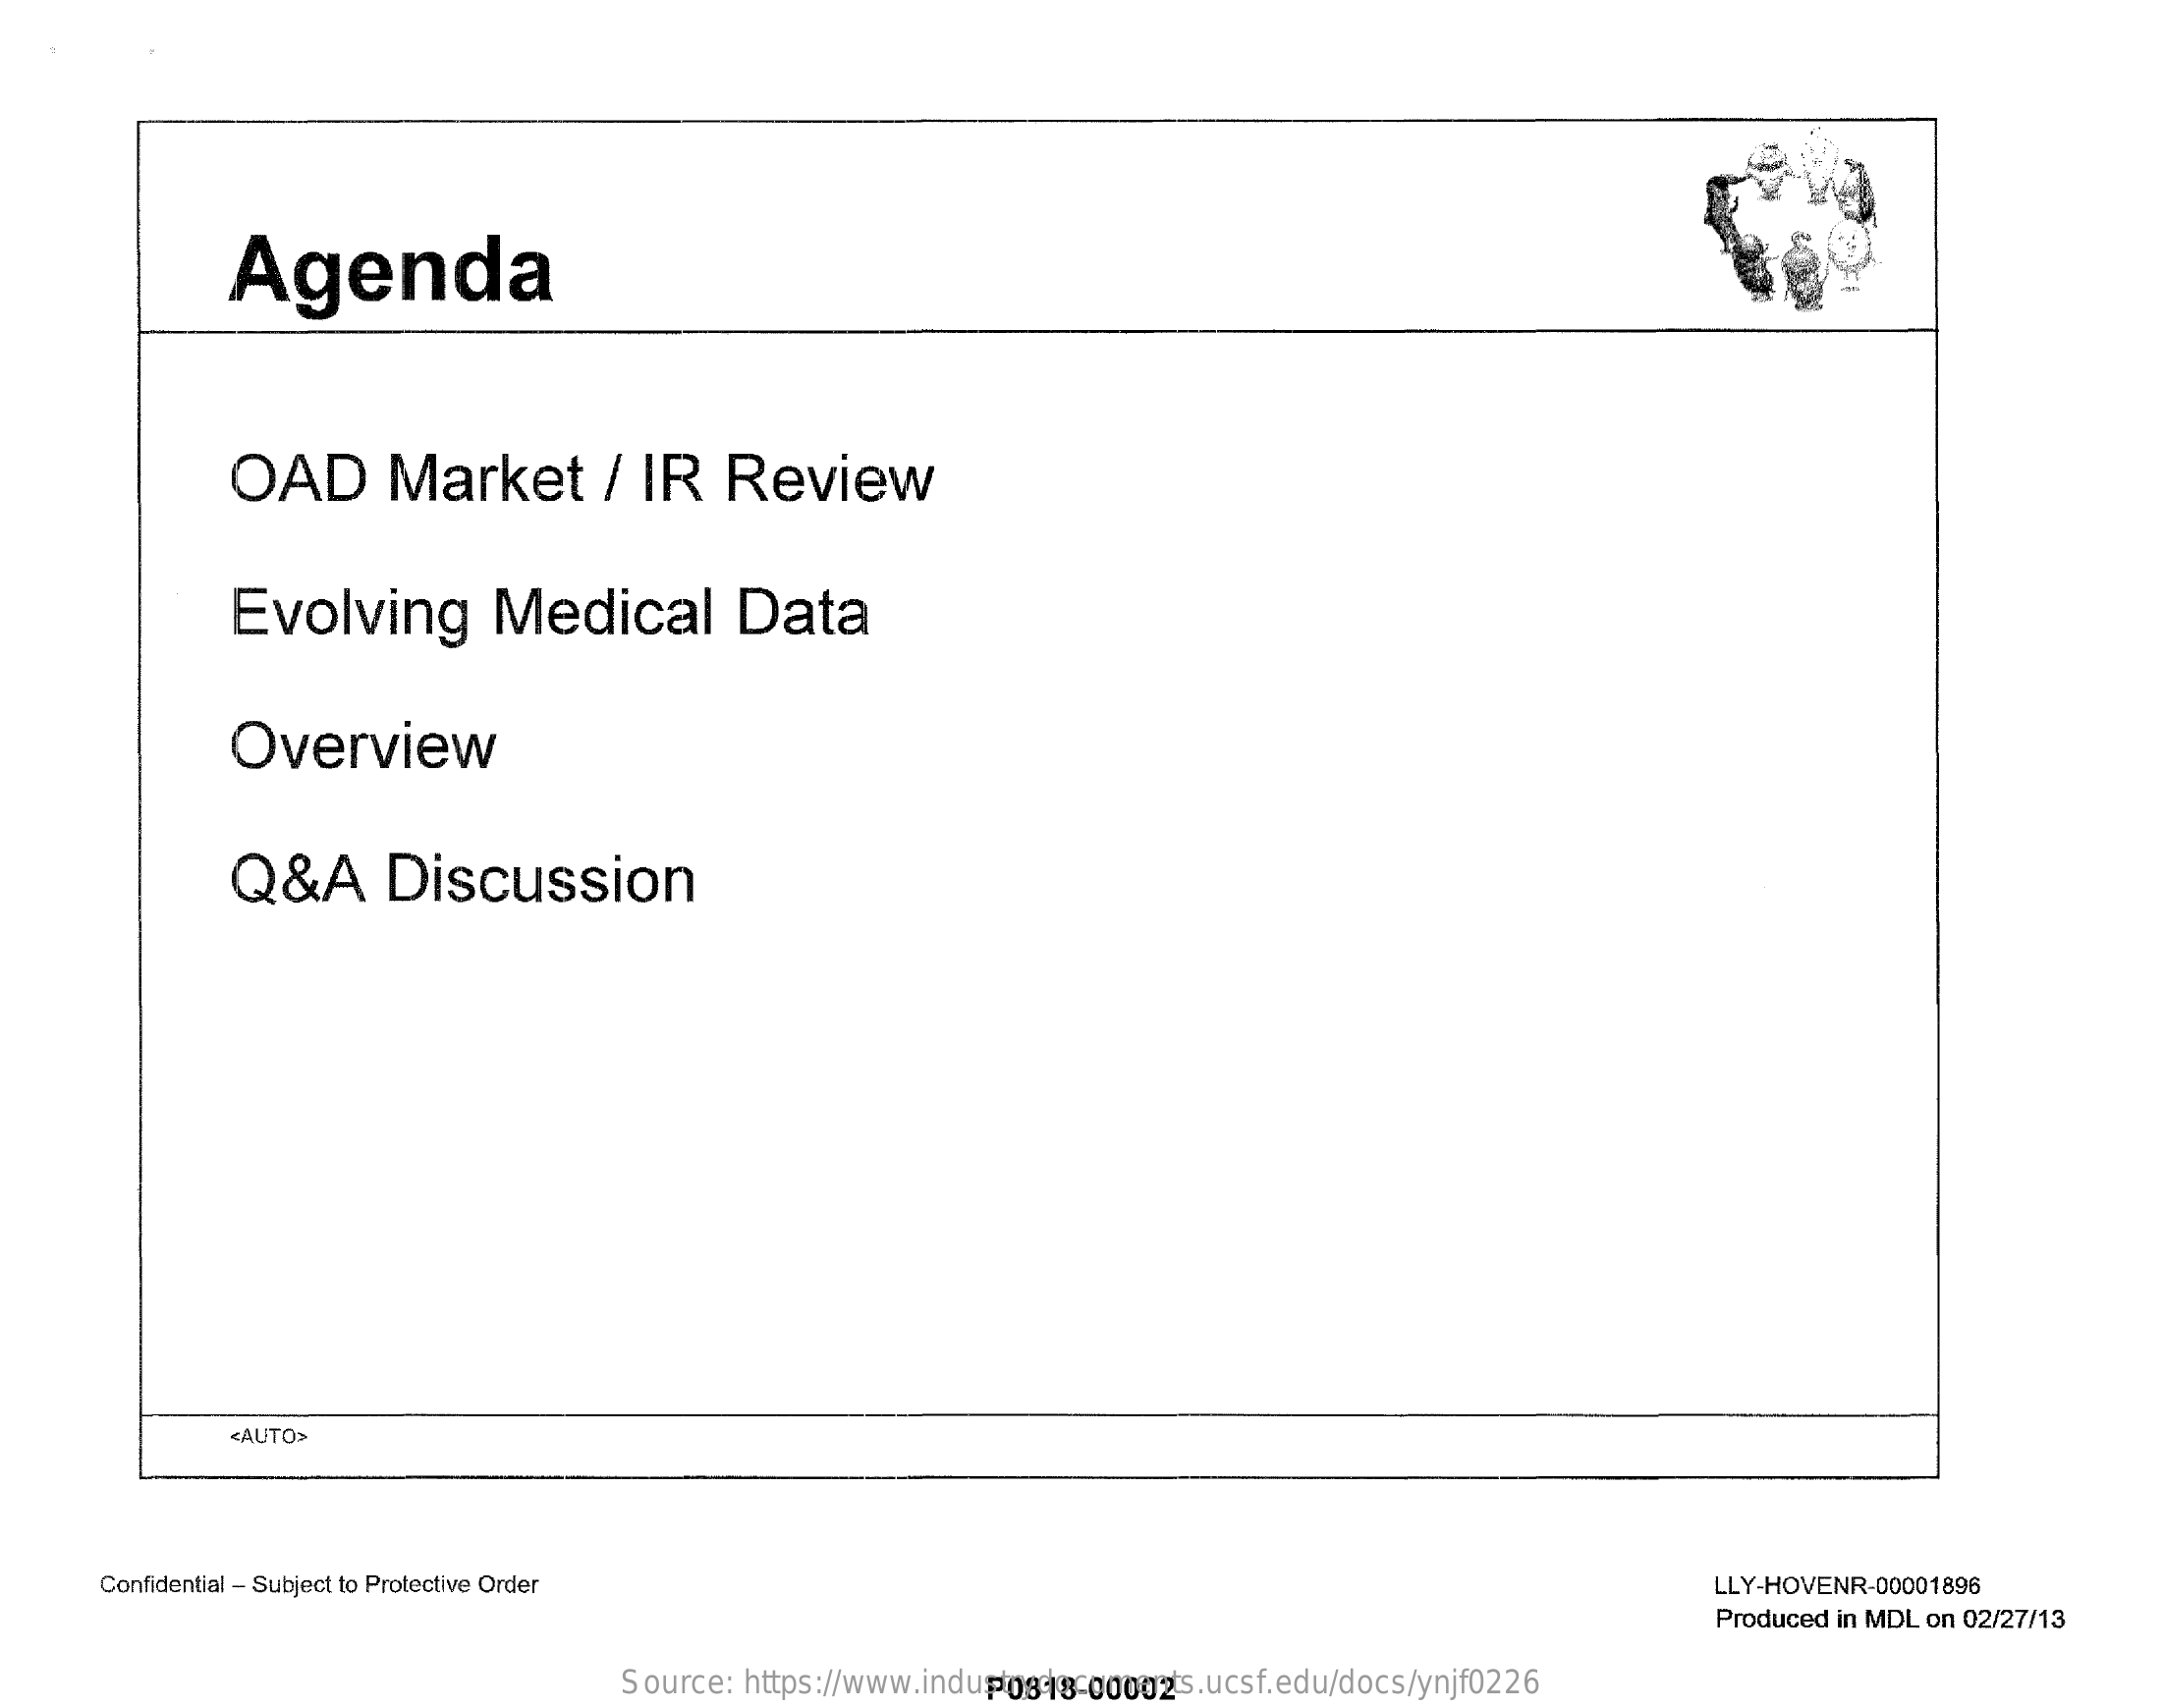
Agenda
     OAD    Market    /  IR    Review
     Evolving    Medical    Data
     Overview
     Q&A    Discussion
     <AUTO>
     Confidential - Subject to Protective Order    LLY-HOVENR-00001896
     Produced in MDL on 02/27/13
     Source:  https://www.industrydocuments.ucsf.edu/docs/ynjf0226 P0818-00002